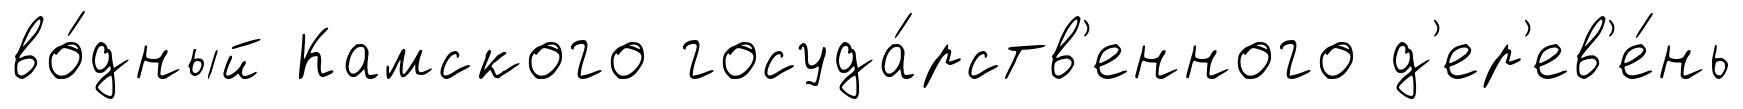
во́дный Камского госуда́рств'енного д'ер'ев'е́нь